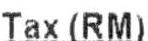
TAX(RM)